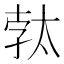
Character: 𭑓